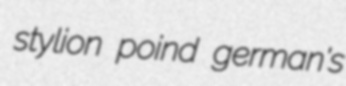
stylion poind german's